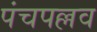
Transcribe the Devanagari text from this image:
पंचपल्लव